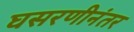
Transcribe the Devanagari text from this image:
घसरणीनंतर